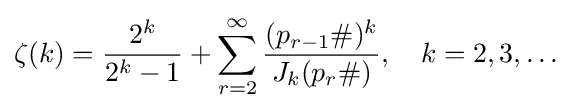
\zeta (k)={\frac {2^{k}}{2^{k}-1}}+\sum _{r=2}^{\infty }{\frac {(p_{r-1}\#)^{k}}{J_{k}(p_{r}\#)}},\quad k=2,3,\dots